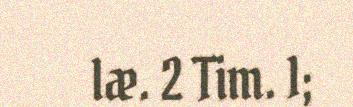
læ. 2 Tim. 1;